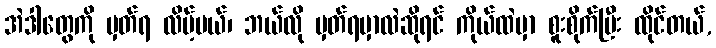
အဲဒါတွေကို မှတ်ရ လိမ့်မယ်၊ ဘယ်လို မှတ်ရမှာလဲဆိုရင် ကိုယ်ထဲမှာ စူးစိုက်ပြီး ထိုင်တယ်,